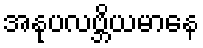
အနုပလဗ္ဘိယမာနေ